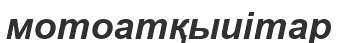
мотоатқыиітар